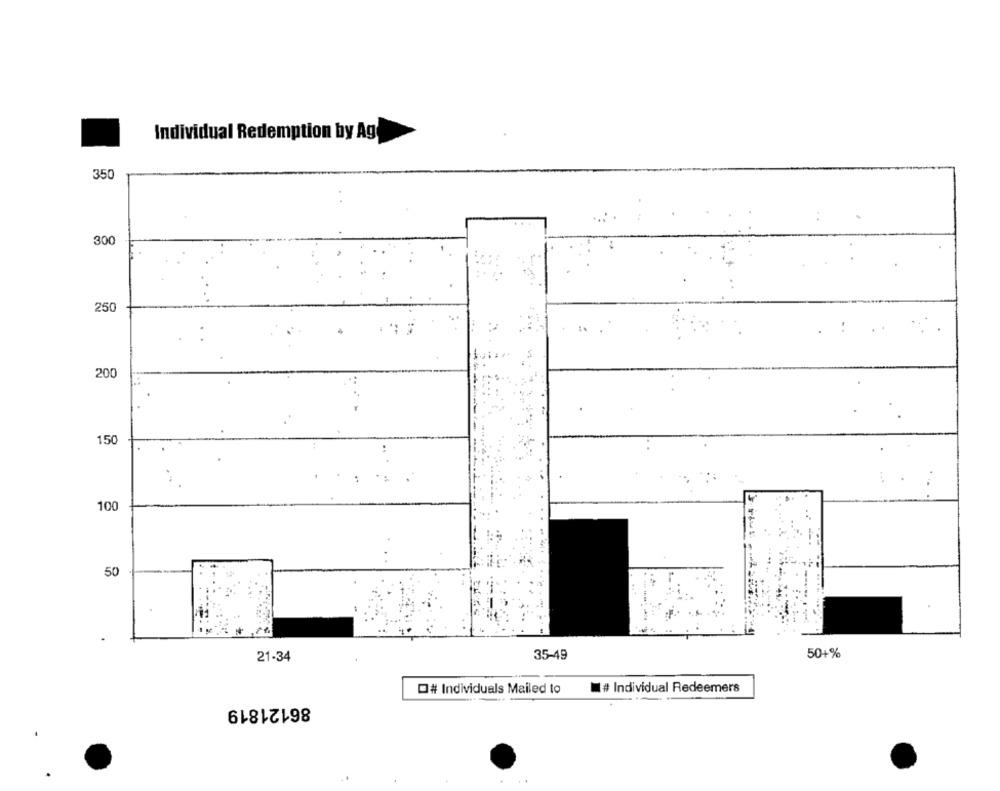
Individual Redemption by Ag
350
300
250
200
150
100
50
21-34
35-49
50+%
# Individual Redeemers
Q# Individuals Mailed to
86121819